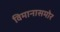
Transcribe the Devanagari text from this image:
विमानासमोर